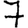
Digit: 7